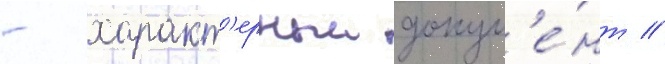
- характ'ерныи докум'е́нт /